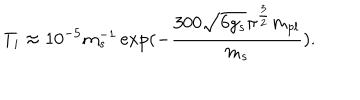
T _ { i } \approx 1 0 ^ { - 5 } m _ { s } ^ { - 1 } \exp ( - \frac { 3 0 0 \sqrt { 6 g _ { s } } \pi ^ { \frac { 3 } { 2 } } m _ { p l } } { m _ { s } } ) .